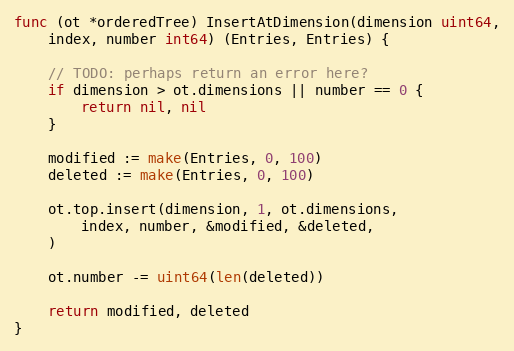
Language: Go
func (ot *orderedTree) InsertAtDimension(dimension uint64,
	index, number int64) (Entries, Entries) {

	// TODO: perhaps return an error here?
	if dimension > ot.dimensions || number == 0 {
		return nil, nil
	}

	modified := make(Entries, 0, 100)
	deleted := make(Entries, 0, 100)

	ot.top.insert(dimension, 1, ot.dimensions,
		index, number, &modified, &deleted,
	)

	ot.number -= uint64(len(deleted))

	return modified, deleted
}